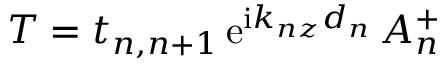
T = t _ { n , n + 1 } \, \mathrm { e } ^ { \mathrm { i } k _ { n z } d _ { n } } \, A _ { n } ^ { + }